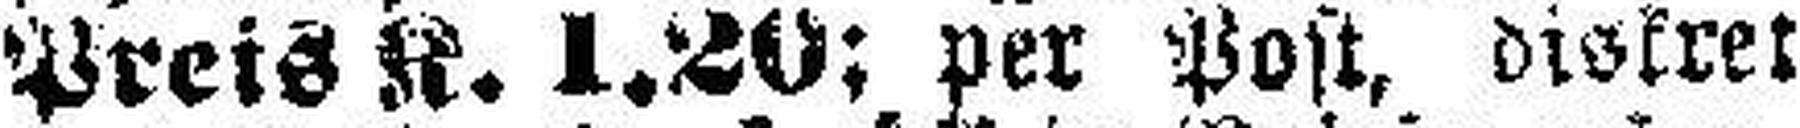
Preis K. 1.20; per Post, diskret